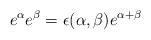
LaTeX: \begin{align*}e^{\alpha}e^{\beta}=\epsilon(\alpha,\beta)e^{\alpha+\beta}\end{align*}